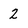
Character: 2